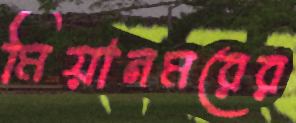
মিয়ানমরের